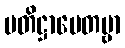
ပတိဋ္ဌာပေတဗ္ဗာ